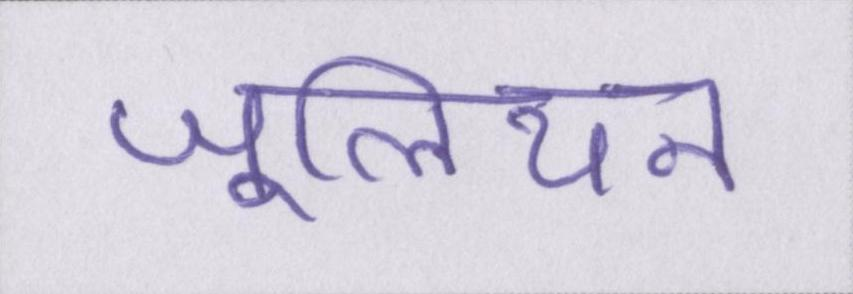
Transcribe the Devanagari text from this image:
जूलियन